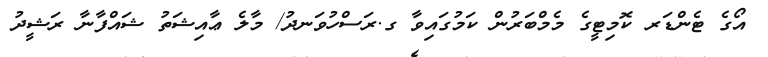
އޯގެ ޓެންޑަރ ކޮމިޓީގެ މެމްބަރުން ކަމުގައިވާ ގ.ރަސްހުވަނދު/ މާލެ ޢާއިޝަތު ޝައްފާނާ ރަޝީދު